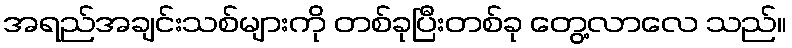
အရည်အချင်းသစ်များကို တစ်ခုပြီးတစ်ခု တွေ့လာလေ သည်။